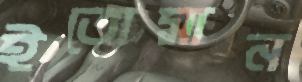
ইতোমান